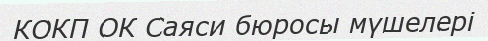
КОКП ОК Саяси бюросы мүшелері